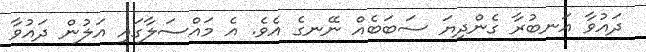
ދައުވާ އަނބުރާ ގެންދިޔަ ސަބަބެއް ނޭނގެ އެވެ. އެ މައްސަލާގައި އަލުން ދައުވާ